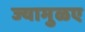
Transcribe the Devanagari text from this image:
ज्यामुळए